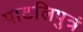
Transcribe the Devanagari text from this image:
पाटलिपुत्रं